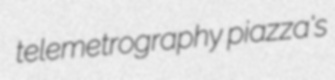
telemetrography piazza's